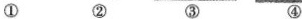
① ② ③ ④